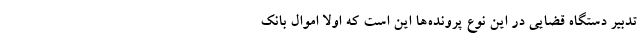
تدبیر دستگاه قضایی در این نوع پرونده‌ها این است که اولا اموال بانک